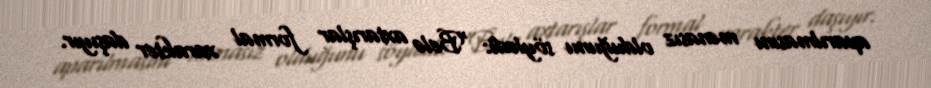
aparılmasını mənasız olduğunu söylədi: “Belə axtarışlar formal xarakter daşıyır.